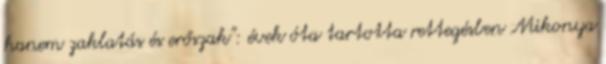
hanem zaklatás és erőszak": évek óta tartotta rettegésben Mikonya